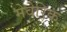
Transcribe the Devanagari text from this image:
मेवेरिक